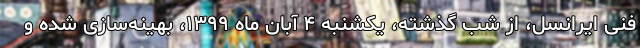
فنی ایرانسل، از شب گذشته، یکشنبه ۴ آبان ماه ۱۳۹۹، بهینه‌سازی شده و